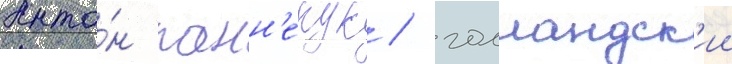
Анто́н панн'екук / голландск'ии